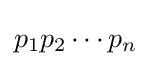
p_{1}p_{2}\cdots p_{n}